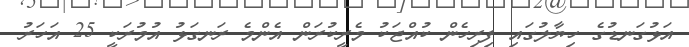
އަޅުގަނޑުގެ ހިޔާލުގައި ފިރިހެން ކުއްޖަކު މެރީކުރަން އެންމެ ރަނގަޅު އުމުރަކީ 25 އަހަރު